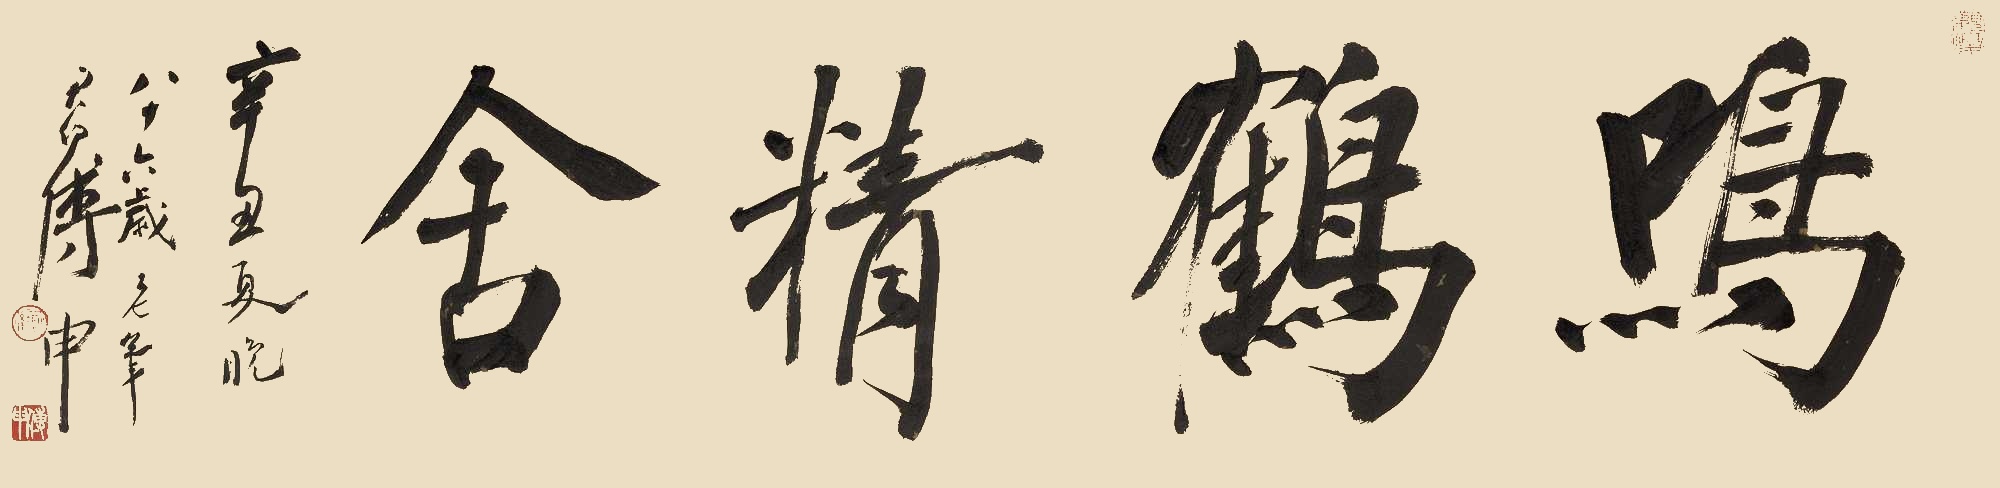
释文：鸣鹤精舍辛丑夏晚，八十六岁老笔，君约傅申。